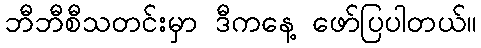
ဘီဘီစီသတင်းမှာ ဒီကနေ့ ဖော်ပြပါတယ်။